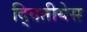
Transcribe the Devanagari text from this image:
द्वितीयेस